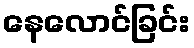
နေလောင်ခြင်း